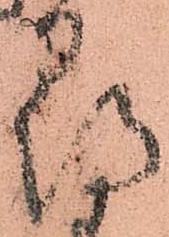
尋